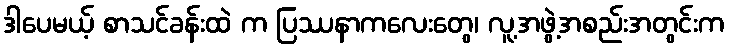
ဒါပေမယ့် စာသင်ခန်းထဲ က ပြဿနာကလေးတွေ၊ လူ့အဖွဲ့အစည်းအတွင်းက